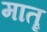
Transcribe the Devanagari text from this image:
मातॄ